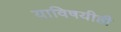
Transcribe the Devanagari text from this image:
याविषयीही